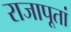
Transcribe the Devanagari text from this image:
राजापूतां